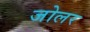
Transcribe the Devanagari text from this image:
जोलर